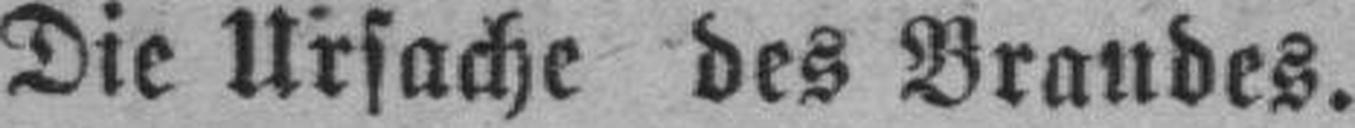
Die Ursache des Brandes.